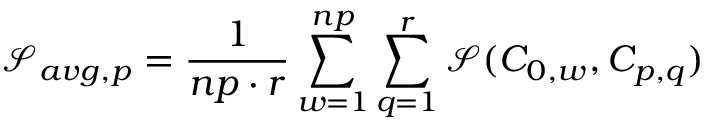
\mathcal { S } _ { a v g , p } = \frac { 1 } { n p \cdot r } \sum _ { w = 1 } ^ { n p } \sum _ { q = 1 } ^ { r } \mathcal { S } ( C _ { 0 , w } , C _ { p , q } )